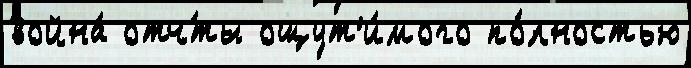
война́ отч́ты ощут'и́мого по́лностью